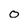
Character: o